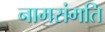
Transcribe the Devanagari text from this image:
नामसंगति